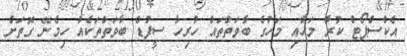
އެކްސްޕޯޓް ކުރާ މަހާއި މަހުގެ ބާވަތްތައް ހުރިހާ ސީފުޑް ބާވަތްތަކެއް ހިމެނޭ ގޮތަށް